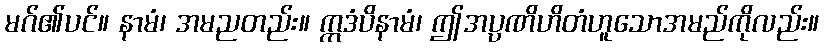
မဂ်၏ပင်။ နာမံ၊ အမညတည်း။ ဣဒံပိနာမံ၊ ဤအပ္ပဏိဟိတံဟူသောအမည်ကိုလည်း။